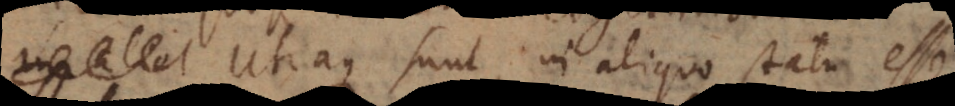
aliq Utraque sunt, in aliquo statu esse